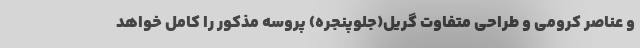
و عناصر کرومی و طراحی متفاوت گریل(جلوپنجره) پروسه مذکور را کامل خواهد